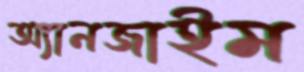
অ্যানজাইম